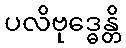
ပလိဗုဒ္ဓေန္တိ